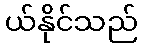
ယ်နိုင်သည်